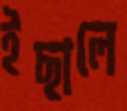
ইছালে